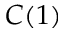
C ( 1 )